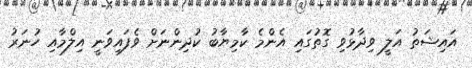
އައިޝަތު އަލީ ވިދާޅުވި ގޮތުގައި އެންމެ ކާމިޔާބު ކުދިންނަށް ވެފައިވަނީ އިލްމާއި ހުނަރު